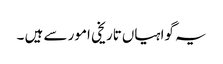
یہ گواہیاں‌تاریخی امور سے ہیں ۔